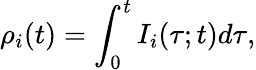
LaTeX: \rho_{i}(t)=\int_{0}^{t}I_{i}(\tau;t)d\tau,